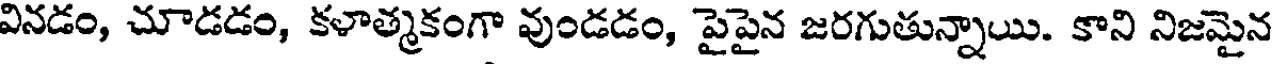
వినడం, చూడడం, కళాత్మకంగా వుండడం, పైపైన జరగుతున్నాయి. కాని నిజమైన